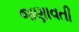
જણાવતી